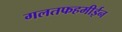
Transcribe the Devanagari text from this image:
गलतफहमीईन